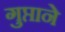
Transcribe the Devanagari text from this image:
गुप्ताने